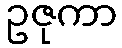
ဥဇုကာ